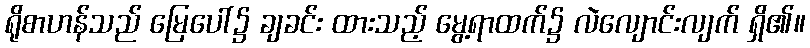
ရိုစာဟန်သည် မြေပေါ်၌ ချခင်း ထားသည့် မွေ့ရာထက်၌ လဲလျောင်းလျက် ရှိ၏။